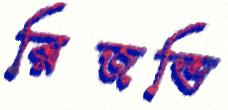
রিজভি